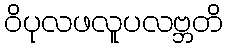
ဝိပုလဖလူပလဗ္ဘတိ